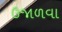
ઉજાળવા